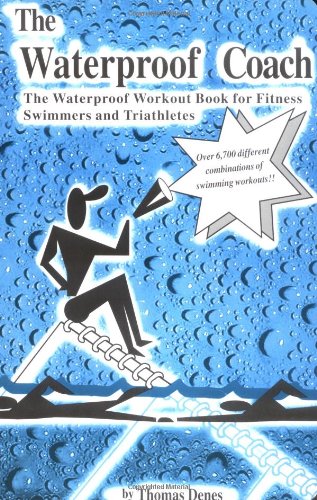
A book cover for The Waterproof Coach:  The Waterproof Workout Book for Fitness Swimmers and Triathletes; Thomas A. Denes; Health, Fitness & Dieting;